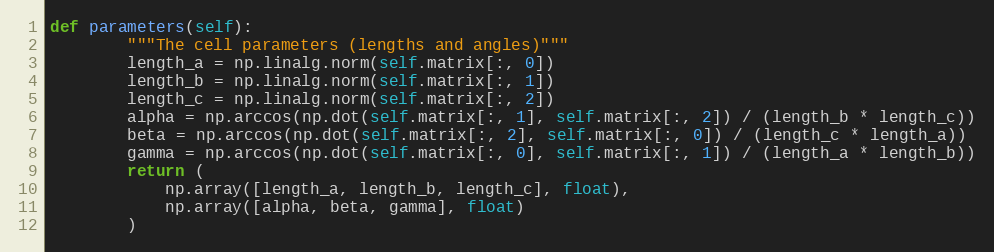
Language: Python
def parameters(self):
        """The cell parameters (lengths and angles)"""
        length_a = np.linalg.norm(self.matrix[:, 0])
        length_b = np.linalg.norm(self.matrix[:, 1])
        length_c = np.linalg.norm(self.matrix[:, 2])
        alpha = np.arccos(np.dot(self.matrix[:, 1], self.matrix[:, 2]) / (length_b * length_c))
        beta = np.arccos(np.dot(self.matrix[:, 2], self.matrix[:, 0]) / (length_c * length_a))
        gamma = np.arccos(np.dot(self.matrix[:, 0], self.matrix[:, 1]) / (length_a * length_b))
        return (
            np.array([length_a, length_b, length_c], float),
            np.array([alpha, beta, gamma], float)
        )